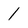
Character: 1